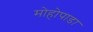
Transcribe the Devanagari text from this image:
मोहोपाडा